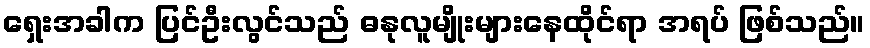
ရှေးအခါက ပြင်ဦးလွင်သည် ဓနုလူမျိုးများနေထိုင်ရာ အရပ် ဖြစ်သည်။